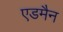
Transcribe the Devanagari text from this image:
एडमैन